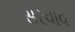
સરવાવ